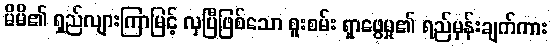
မိမိ၏ ရှည်လျားကြာမြင့် လှပြီဖြစ်သော စူးစမ်း ရှာဖွေမှု၏ ရည်မှန်းချက်ကား